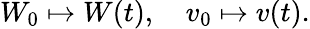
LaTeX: W_{0}\mapsto W(t),~~~~v_{0}\mapsto v(t).